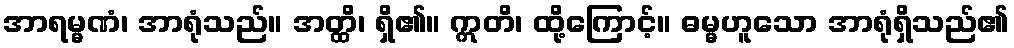
အာရမ္မဏံ၊ အာရုံသည်။ အတ္ထိ၊ ရှိ၏။ ဣတိ၊ ထို့ကြောင့်။ ဓမ္မဟူသော အာရုံရှိသည်၏